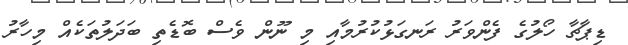
ޑިޕާޗާ ހޯލުގެ ފެންވަރު ރަނގަޅުކުރުމާއި މި ނޫން ވެސް ބޮޑެތި ބަދަލުތަކެއް މިހާރު